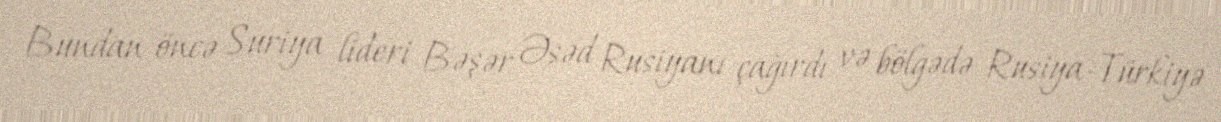
Bundan öncə Suriya lideri Bəşər Əsəd Rusiyanı çağırdı və bölgədə Rusiya-Türkiyə